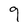
Character: g